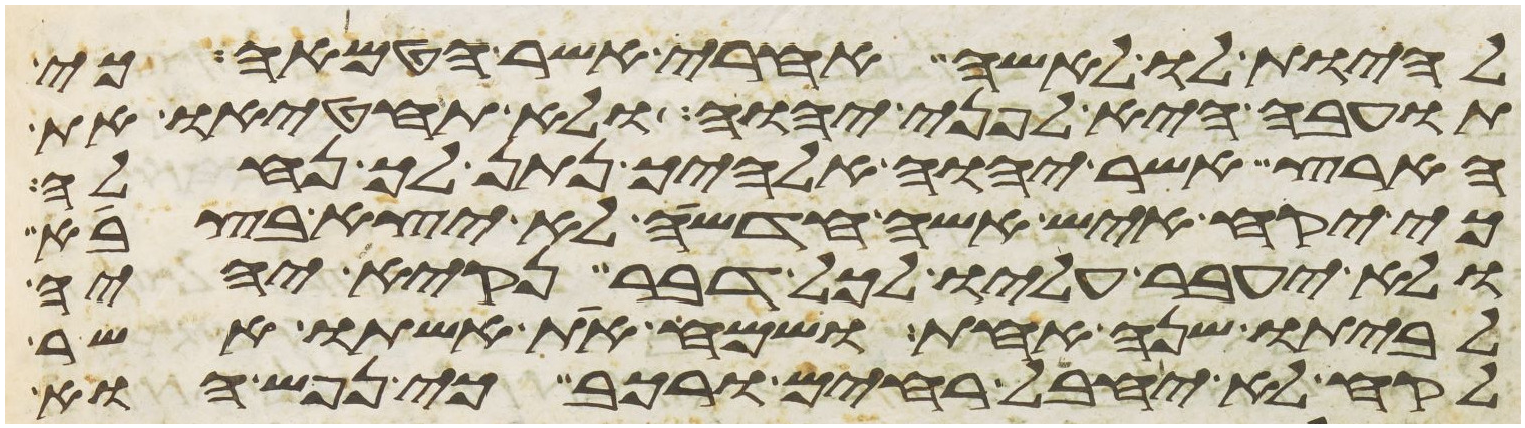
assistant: להיות לו לאשה אחרי אשר הטמאה כי
תועבה היא לפני יהוה ולא תחטיאו את
הארץ אשר יהוה אלהיך נתן לך נחלה
כי יקח איש אשה חדשה לא יצא בצבא
ולא יעבר עליו לכל דבר נקיא יהיה
לביתו שנה אחת ושמח את אשתו אשר
לקח לא יחבל רחים ורכב כי נפש הוא